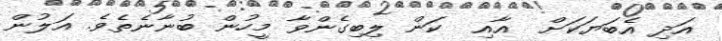
އަދި އެބަޔަކަށް  އާއި  ކަން ލިބިގެންވާ މީހުން ބުނާނެތެވެ. އަލުން